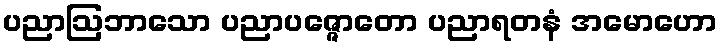
ပညာဩဘာသော ပညာပဇ္ဇောတော ပညာရတနံ အမောဟော